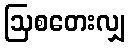
ဩစတေးလျှ